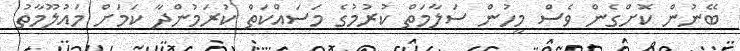
ބޭނުން ކޮށްގެން ވެސް މީހުން ސަލާމަތް ކުރުމުގެ މަސައްކަތް ކުރަމުންދާ ކަމަށް މައުލޫމާތު